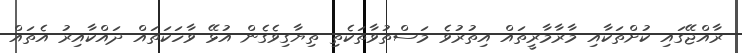
ރާއްޖޭގައި ކުށްތަކާއި މާރާމާރީތައް އިތުރުވެ މަސްތުވާތަކެތި ތިޔާގިވެގެން އުޅޭ ވާހަކަތައް ދައްކާއިރު އެތައް